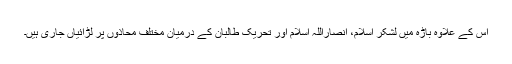
اس کے علاوہ باڑہ میں لشکر اسلام، انصاراللہ اسلام اور تحریک طالبان کے درمیان مختلف محاذوں پر لڑائیاں جاری ہیں۔